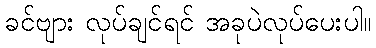
ခင်ဗျား လုပ်ချင်ရင် အခုပဲလုပ်ပေးပါ။